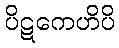
ပိဋကေဟိပိ